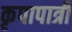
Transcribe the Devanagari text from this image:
कृपापात्री